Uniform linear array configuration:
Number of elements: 32
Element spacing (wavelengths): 1
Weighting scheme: blackman
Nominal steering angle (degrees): -45
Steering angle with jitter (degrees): -46.728
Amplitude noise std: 0.05
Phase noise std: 0.05

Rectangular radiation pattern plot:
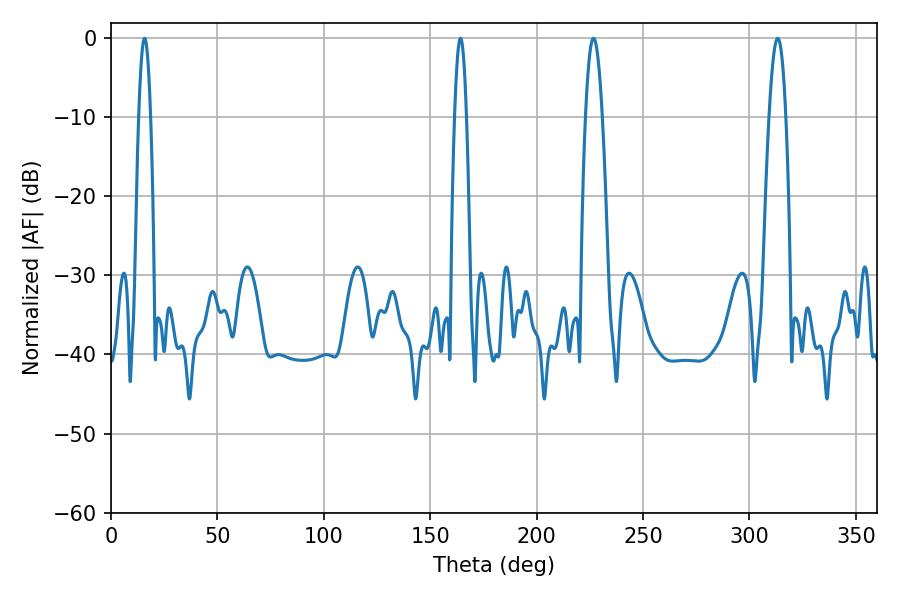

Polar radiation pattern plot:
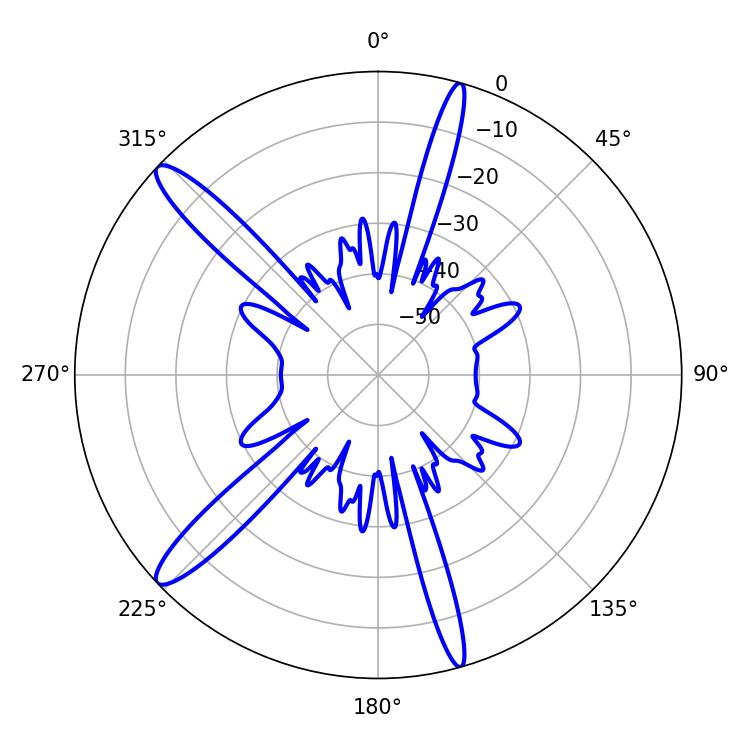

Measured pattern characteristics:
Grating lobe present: TRUE
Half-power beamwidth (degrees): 4.32
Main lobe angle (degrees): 226.8